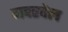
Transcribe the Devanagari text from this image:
मदरवेल